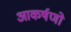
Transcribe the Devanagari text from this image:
आकर्षणो